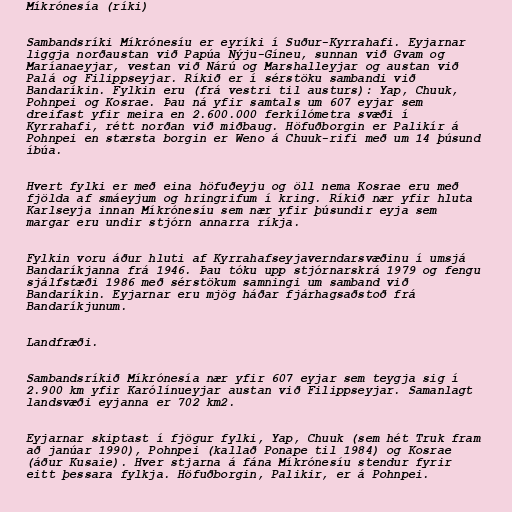
Míkrónesía (ríki)

Sambandsríki Míkrónesíu er eyríki í Suður-Kyrrahafi. Eyjarnar
liggja norðaustan við Papúa Nýju-Gíneu, sunnan við Gvam og
Maríanaeyjar, vestan við Nárú og Marshalleyjar og austan við
Palá og Filippseyjar. Ríkið er í sérstöku sambandi við
Bandaríkin. Fylkin eru (frá vestri til austurs): Yap, Chuuk,
Pohnpei og Kosrae. Þau ná yfir samtals um 607 eyjar sem
dreifast yfir meira en 2.600.000 ferkílómetra svæði í
Kyrrahafi, rétt norðan við miðbaug. Höfuðborgin er Palikír á
Pohnpei en stærsta borgin er Weno á Chuuk-rifi með um 14 þúsund
íbúa.

Hvert fylki er með eina höfuðeyju og öll nema Kosrae eru með
fjölda af smáeyjum og hringrifum í kring. Ríkið nær yfir hluta
Karlseyja innan Míkrónesíu sem nær yfir þúsundir eyja sem
margar eru undir stjórn annarra ríkja.

Fylkin voru áður hluti af Kyrrahafseyjaverndarsvæðinu í umsjá
Bandaríkjanna frá 1946. Þau tóku upp stjórnarskrá 1979 og fengu
sjálfstæði 1986 með sérstökum samningi um samband við
Bandaríkin. Eyjarnar eru mjög háðar fjárhagsaðstoð frá
Bandaríkjunum.

Landfræði.

Sambandsríkið Míkrónesía nær yfir 607 eyjar sem teygja sig í
2.900 km yfir Karólínueyjar austan við Filippseyjar. Samanlagt
landsvæði eyjanna er 702 km2.

Eyjarnar skiptast í fjögur fylki, Yap, Chuuk (sem hét Truk fram
að janúar 1990), Pohnpei (kallað Ponape til 1984) og Kosrae
(áður Kusaie). Hver stjarna á fána Míkrónesíu stendur fyrir
eitt þessara fylkja. Höfuðborgin, Palikir, er á Pohnpei.